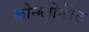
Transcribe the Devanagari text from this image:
कोन्ग्लोमेरेट